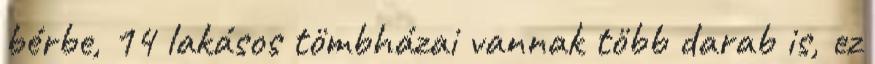
bérbe, 14 lakásos tömbházai vannak több darab is, ez